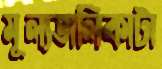
মূল্যতালিকাটা